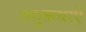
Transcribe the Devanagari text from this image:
लगुकथाएँ